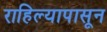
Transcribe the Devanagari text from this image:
राहिल्यापासून